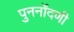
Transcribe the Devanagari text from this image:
पुनर्नोंदणी